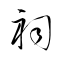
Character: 祠